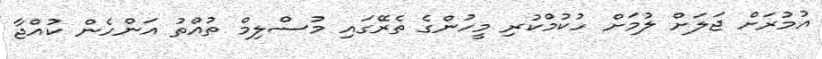
އުމުރަށް ޖަލަށް ލުމަށް ހުކުމްކުރި މީހުންގެ ތެރޭގައި މުސްލިމް ތުއްތު އަންހެން ކުއްޖާ